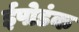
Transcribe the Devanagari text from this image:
ईपोडंक